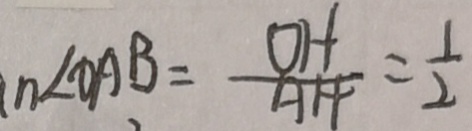
n \angle O A B = \frac { O H } { A H } = \frac { 1 } { 2 }